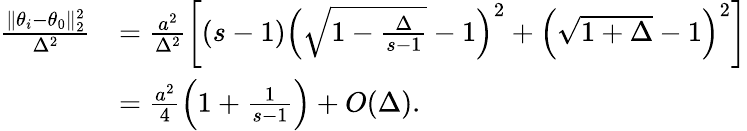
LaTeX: \begin{array}{rl}{\frac{\| \theta_{i}-\theta_{0}\| _{2}^{2}}{\Delta^{2}}}&{=\frac{a^{2}}{\Delta^{2}}\bigg[(s-1)\Big(\sqrt{1-\frac{\Delta}{s-1}}-1\Big)^{2}+\Big(\sqrt{1+\Delta}-1\Big)^{2}\bigg]}\\ &{=\frac{a^{2}}{4}\Big(1+\frac{1}{s-1}\Big)+O(\Delta).}\end{array}